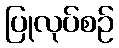
ပြုလုပ်စဉ်